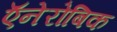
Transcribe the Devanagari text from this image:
ऍनेरोबिक